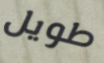
طويل